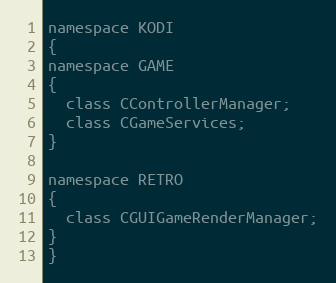
Language: C
namespace KODI
{
namespace GAME
{
  class CControllerManager;
  class CGameServices;
}

namespace RETRO
{
  class CGUIGameRenderManager;
}
}